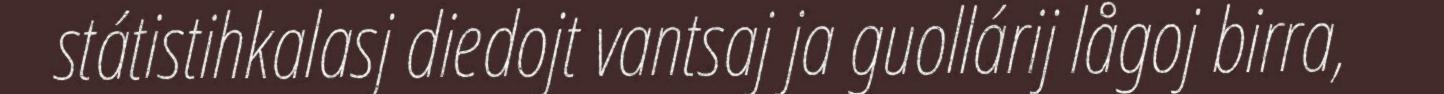
státistihkalasj diedojt vantsaj ja guollárij lågoj birra,